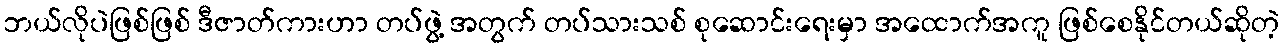
ဘယ်လိုပဲဖြစ်ဖြစ် ဒီဇာတ်ကားဟာ တပ်ဖွဲ့ အတွက် တပ်သားသစ် စုဆောင်းရေးမှာ အထောက်အကူ ဖြစ်စေနိုင်တယ်ဆိုတဲ့